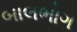
બાલભોગ